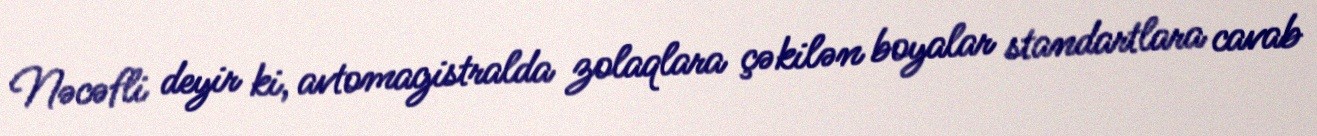
Nəcəfli deyir ki, avtomagistralda zolaqlara çəkilən boyalar standartlara cavab